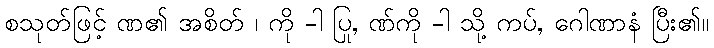
စသုတ်ဖြင့် ဏ၏ အစိတ် ၊ ကို -ါ ပြု, ဏ်ကို -ါ သို့ ကပ်, ဂေါဏာနံ ပြီး၏။